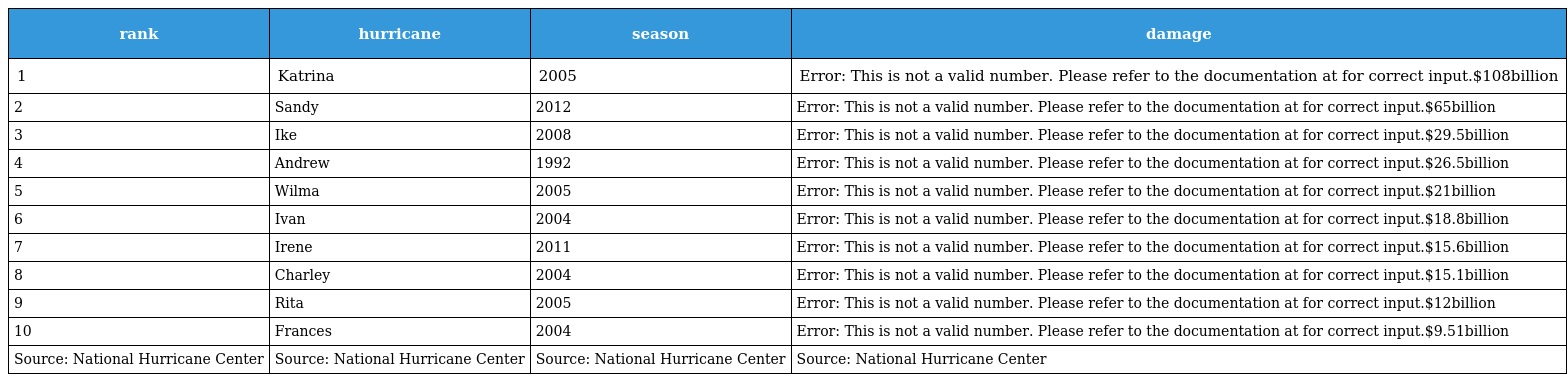
| rank | hurricane | season | damage |
 | --- | --- | --- | --- |
 | 1 | Katrina | 2005 | Error: This is not a valid number. Please refer to the documentation at for correct input.$108billion |
 | 2 | Sandy | 2012 | Error: This is not a valid number. Please refer to the documentation at for correct input.$65billion |
 | 3 | Ike | 2008 | Error: This is not a valid number. Please refer to the documentation at for correct input.$29.5billion |
 | 4 | Andrew | 1992 | Error: This is not a valid number. Please refer to the documentation at for correct input.$26.5billion |
 | 5 | Wilma | 2005 | Error: This is not a valid number. Please refer to the documentation at for correct input.$21billion |
 | 6 | Ivan | 2004 | Error: This is not a valid number. Please refer to the documentation at for correct input.$18.8billion |
 | 7 | Irene | 2011 | Error: This is not a valid number. Please refer to the documentation at for correct input.$15.6billion |
 | 8 | Charley | 2004 | Error: This is not a valid number. Please refer to the documentation at for correct input.$15.1billion |
 | 9 | Rita | 2005 | Error: This is not a valid number. Please refer to the documentation at for correct input.$12billion |
 | 10 | Frances | 2004 | Error: This is not a valid number. Please refer to the documentation at for correct input.$9.51billion |
 | Source: National Hurricane Center | Source: National Hurricane Center | Source: National Hurricane Center | Source: National Hurricane Center |